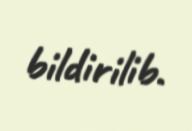
bildirilib.